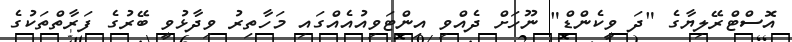
އޮސްޓްރޭލިޔާގެ "ދަ ވީކެންޑް" ނޫހަށް ދެއްވި އިންޓަވިއުއެއްގައި މަހާތިރު ވިދާޅުވީ ބޭރުގެ ފަރާތްތަކުގެ